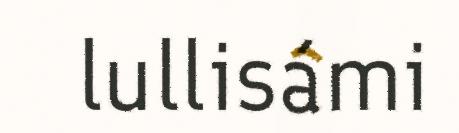
lullisámi